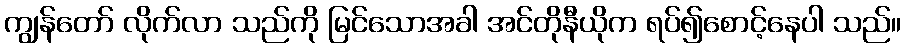
ကျွန်တော် လိုက်လာ သည်ကို မြင်သောအခါ အင်တိုနီယိုက ရပ်၍စောင့်နေပါ သည်။